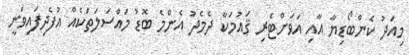
މިއަދު ކެންބޯޑިޔާ އާއި އަވަށްޓެރި ޤައުމަކާ ދެމެދު އެންމެ ބޮޑު މައްސަލަތަކެއް އުފެދިފައިވަނީ